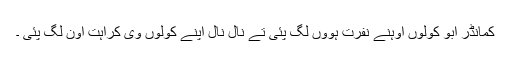
کمانڈر ابو کولوں اوہنے نفرت ہووں لگ پئی تے نال نال اپنے کولوں وی کراہت آون لگ پئی ۔